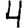
Digit: 4